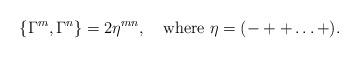
LaTeX: \begin{align*}\{\Gamma^m, \Gamma^n\} = 2\eta^{mn}, \quad {\rm where}~ \eta = (- ++ \ldots +).\end{align*}